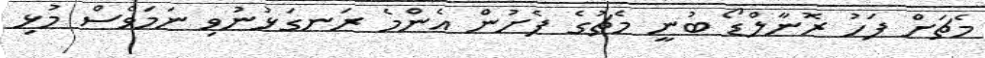
މެޗަށް ފަހު ރޮނާލްޑޯ ބުނީ މެޗުގެ ފެށުން އެންމެ ރަނގަޅުނުވި ނަމަވެސް މުޅި